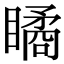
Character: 瞲